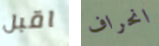
اقبل انحراف